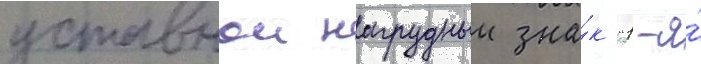
уставнои нагрудныи зна́к "1-я́